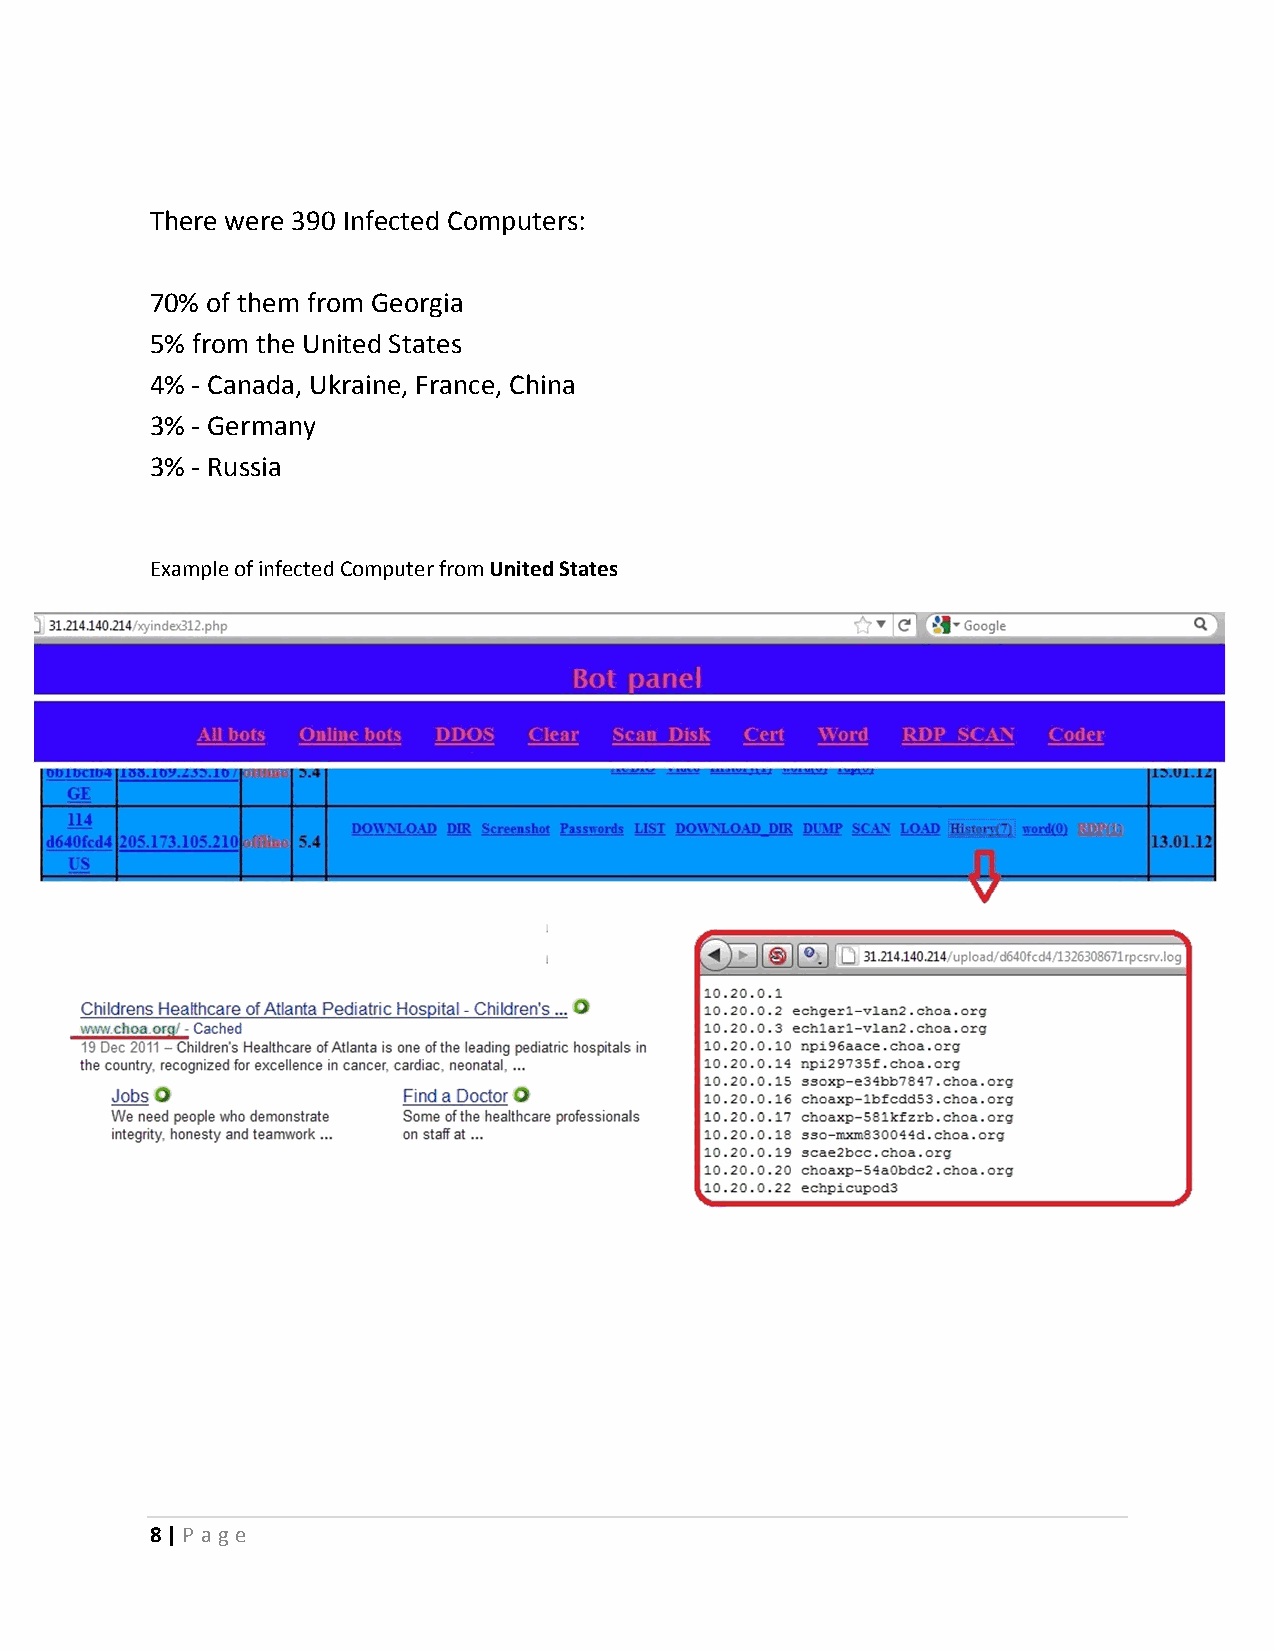
There were 390 Infected Computers:
 70% of them from Georgia
 5% from the United States
 4% - Canada, Ukraine, France, China
 3% - Germany
 3% - Russia
 Example of infected Computer from United States
 8 | P ag e